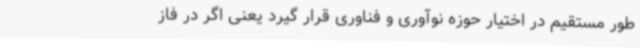
طور مستقیم در اختیار حوزه نوآوری و فناوری قرار گیرد یعنی اگر در فاز